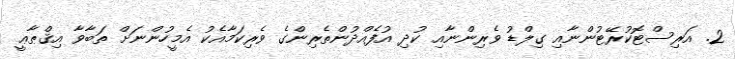
2. އަރިސްޓޮކުރޭޓުންނާއި ގިލްޑު ވެރިންނާއި ކުދި އުފެއްދުންތެރިންގެ ވެރިކަމާއެކު އެމީހުންނަށް ތަބާވާ އިޤްޠާޢީ